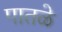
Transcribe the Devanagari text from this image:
पातळे